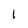
Character: 1